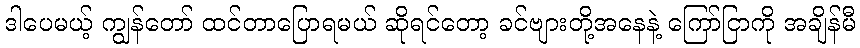
ဒါပေမယ့် ကျွန်တော် ထင်တာပြောရမယ် ဆိုရင်တော့ ခင်ဗျားတို့အနေနဲ့ ကြော်ငြာကို အချိန်မီ